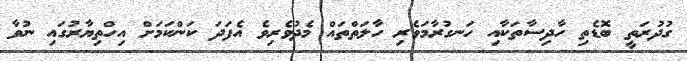
ގުދުރަތީ ބޮޑެތި ހާދިސާތަކާއި ހަނގުރާމަވެރި ހާލަތްތައް މެދުވެރިވެ އެފަދަ ކަންކަމަށް އިހްތިޔާރުގައި ނުވާ